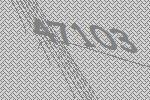
47103